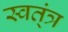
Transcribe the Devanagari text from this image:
स्वत्ंत्र